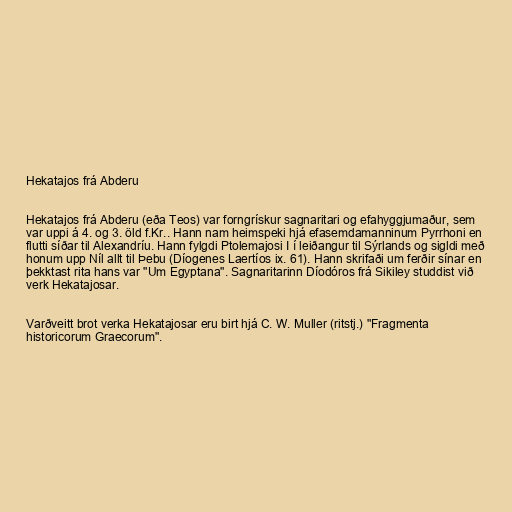
Hekatajos frá Abderu

Hekatajos frá Abderu (eða Teos) var forngrískur sagnaritari og efahyggjumaður, sem
var uppi á 4. og 3. öld f.Kr.. Hann nam heimspeki hjá efasemdamanninum Pyrrhoni en
flutti síðar til Alexandríu. Hann fylgdi Ptolemajosi I í leiðangur til Sýrlands og sigldi með
honum upp Níl allt til Þebu (Díogenes Laertíos ix. 61). Hann skrifaði um ferðir sínar en
þekktast rita hans var "Um Egyptana". Sagnaritarinn Díodóros frá Sikiley studdist við
verk Hekatajosar.

Varðveitt brot verka Hekatajosar eru birt hjá C. W. Muller (ritstj.) "Fragmenta
historicorum Graecorum".